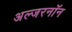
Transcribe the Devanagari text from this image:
अल्जरनॉन